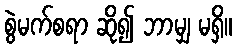
စွဲမက်စရာ ဆို၍ ဘာမျှ မရှိ။